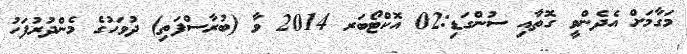
މަގާމަށް އެދެންވީ ގޮތާއި ސުންގަޑި:02 އޮކްޓޯބަރ 2014 ވާ (ބުރާސްފަތި) ދުވަހުގެ މެންދުރުފަހު